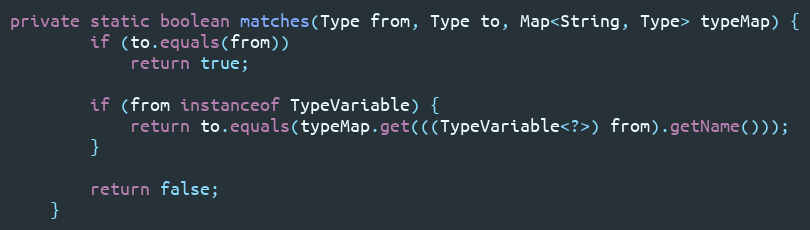
Language: Java
private static boolean matches(Type from, Type to, Map<String, Type> typeMap) {
		if (to.equals(from))
			return true;

		if (from instanceof TypeVariable) {
			return to.equals(typeMap.get(((TypeVariable<?>) from).getName()));
		}

		return false;
	}